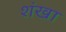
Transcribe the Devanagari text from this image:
शंखा